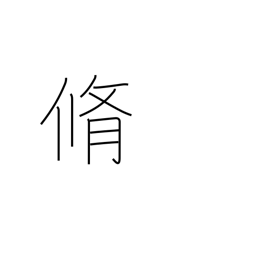
Meaning: dried meat